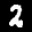
Label: 2